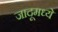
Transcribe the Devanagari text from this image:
जादूमध्ये